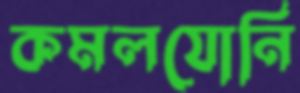
কমলযোনি